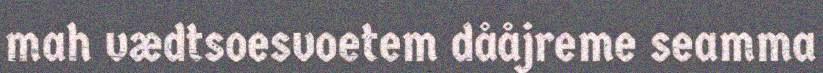
mah vædtsoesvoetem dååjreme seamma